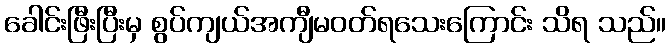
ခေါင်းဖြီးပြီးမှ စွပ်ကျယ်အကျီမဝတ်ရသေးကြောင်း သိရ သည်။